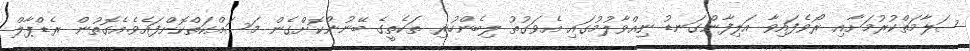
ސަލާމަތްކުރުމަށާއި ރޯވެފައިވާ އަލިފާންގަނޑު ނިއްވާލުމުގައި އެވަގުތު ލިބެންހުރި ތަކެތީގެ ބޭނުންކޮށްގެން މަސައްކަތްކޮށްފައެވެ.އެގޮތުން ރެޑްޕާލް